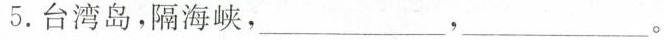
5.台湾岛，隔海峡，___，___。